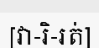
[វា-រិ-រត់]